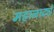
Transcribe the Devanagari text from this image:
महानाट्ये